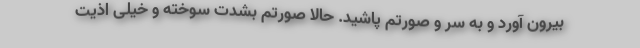
بیرون آورد و به سر و صورتم پاشید. حالا صورتم بشدت سوخته و خیلی اذیت